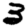
Digit: 3